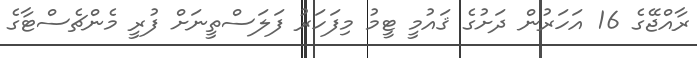
ރާއްޖޭގެ 16 އަހަރުން ދަށުގެ ޤައުމީ ޓީމު މިފަހަރު ފަލަސްތީނަށް ފުރީ މެންޗެސްޓާގެ